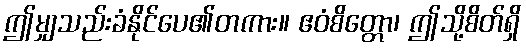
ဤမျှသည်းခံနိုင်ပေ၏တကား။ ဧဝံစိတ္တော၊ ဤသို့စိတ်ရှိ